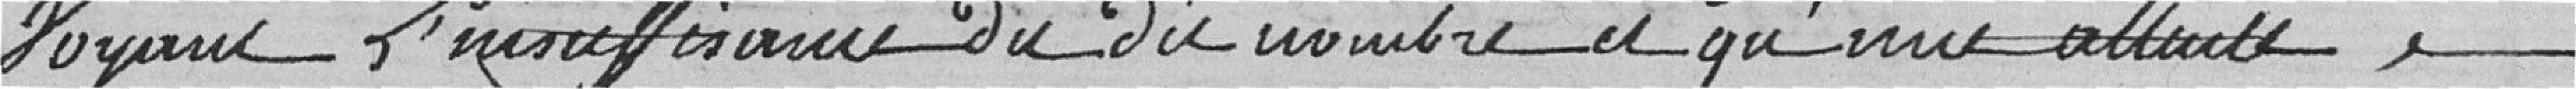
Voyant l'insuffisance du dit nombre et qu'un attente